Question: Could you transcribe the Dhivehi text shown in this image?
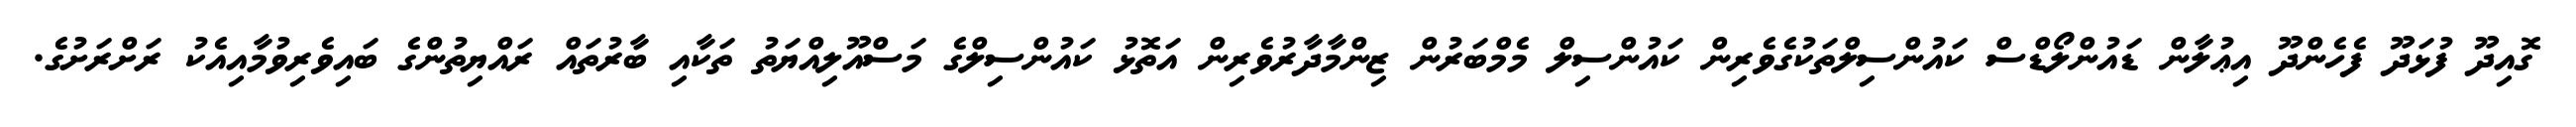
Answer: ގޮއިދޫ ފުޅަދޫ ފެހެންދޫ އިޢުލާން ޑައުންލޯޑްސް ކައުންސިލްތަކުގެވެރިން ކައުންސިލް މެމްބަރުން ޒިންމާދާރުވެރިން އަތޮޅު ކައުންސިލްގެ މަސްއޫލިއްޔަތު ތަކާއި ބާރުތައް ރައްޔިތުންގެ ބައިވެރިވުމާއިއެކު ރަށްރަށުގެ.